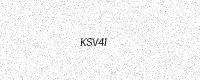
Text: KSV4I